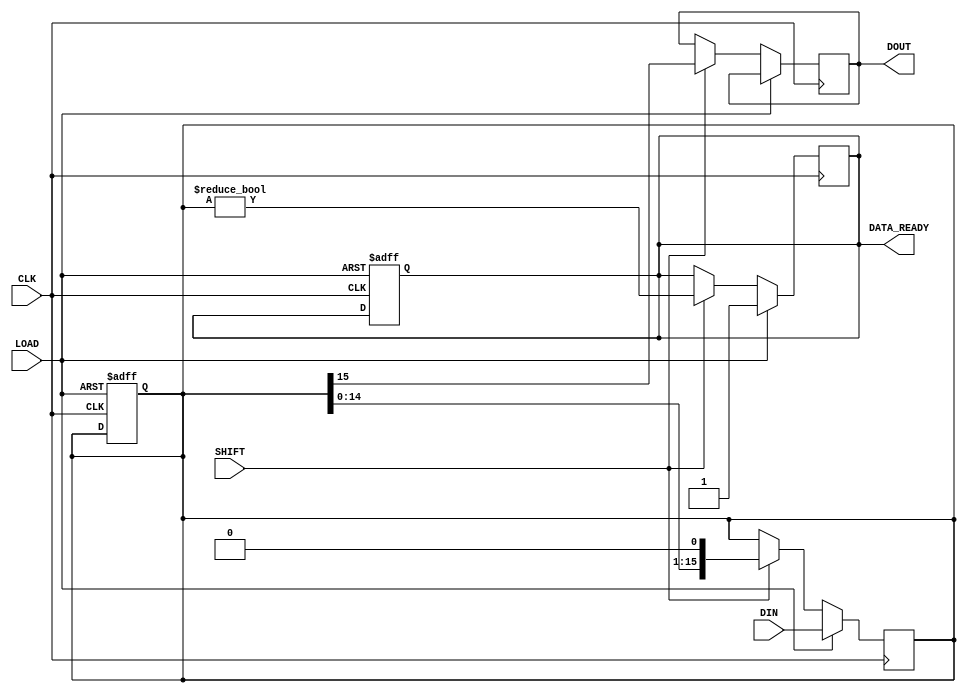
module PISO_Register (
    input wire [15:0] DIN,    // 16-bit parallel data input
    input wire LOAD,          // Load control signal
    input wire SHIFT,         // Shift control signal
    input wire CLK,           // Clock signal
    output reg DOUT,          // Serial output
    output reg DATA_READY     // Data ready flag (optional)
);

    reg [15:0] shift_reg;     // 16-bit shift register

    // Sequential logic for loading and shifting
    always @(posedge CLK) begin
        if (LOAD) begin
            // Load the data into the shift register
            shift_reg <= DIN;
            DATA_READY <= 1; // Indicate data is ready after loading
        end else if (SHIFT) begin
            // Shift the register right
            DOUT <= shift_reg[15]; // Output the MSB to DOUT
            shift_reg <= {shift_reg[14:0], 1'b0}; // Shift right
            DATA_READY <= (shift_reg != 0); // Update data ready flag
        end
    end

    // Optionally reset functionality
    always @(posedge CLK or negedge LOAD) begin
        if (!LOAD) begin
            shift_reg <= 16'b0; // Clear the register on reset
            DATA_READY <= 0;    // Clear data ready flag
        end
    end

endmodule